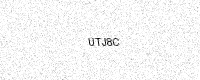
Text: UTJ8C